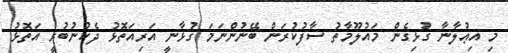
މި އިޢުލާނާ ގުޅިގެން މައުލޫމާތު ސާފުކުރަން ބޭނުންނަމަ ގުޅާނީ އަރިއަތޮޅު ދެކުނުބުރީ އަތޮޅު